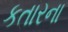
કતારના